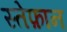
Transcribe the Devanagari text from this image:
स्तेफ़ान